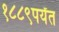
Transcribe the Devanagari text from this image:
१८८९पर्यंत